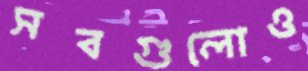
সবগুলোও